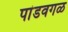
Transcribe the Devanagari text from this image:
पांडवगळ